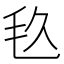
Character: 𣬨